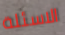
الاسئلة